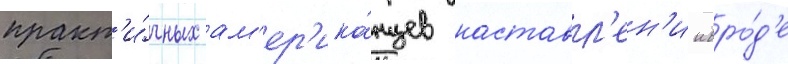
практ'и́чных ам'ер'ика́нцев наставл'ен'ии вро́д'е